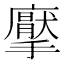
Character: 𭚋